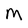
Character: M